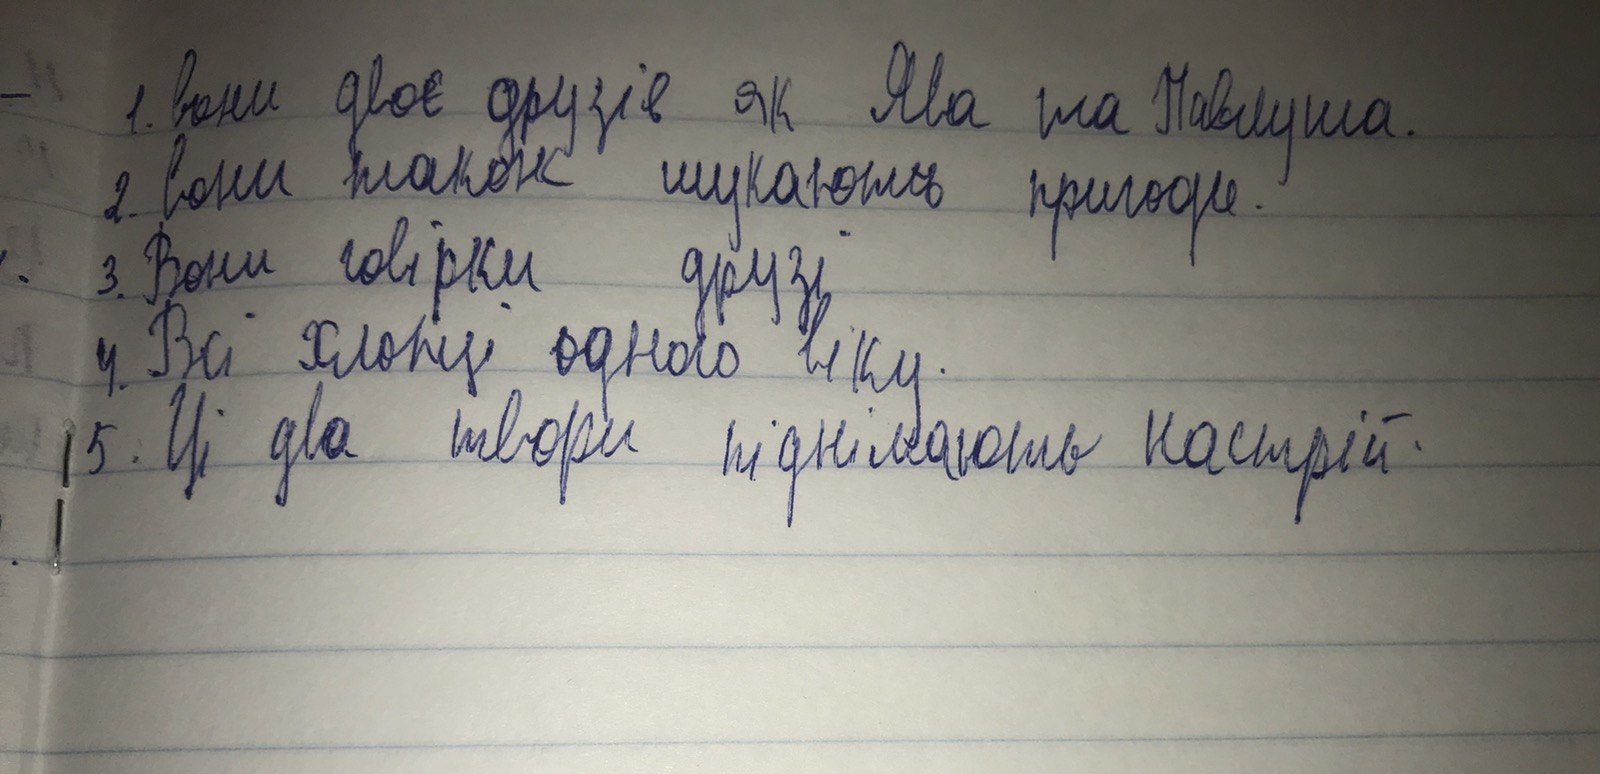
1. вони двоє друзів як Ява та Павлуша.
2. вони також шукають пригоди.
3. Вони говірки друзі
4. Всі хлопці одного віку.
5. Ці два твори піднімають настрій.